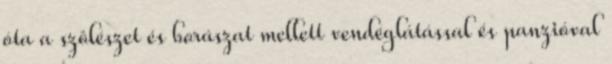
óta a szôlészet és borászat mellett vendéglátással és panzióval